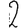
Digit: 2